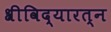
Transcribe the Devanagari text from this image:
श्रीविद्यारत्न